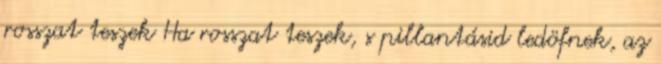
rosszat teszek Ha rosszat teszek, s pillantásid ledöfnek, az